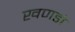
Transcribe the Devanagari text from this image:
खणडो